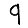
Digit: 9